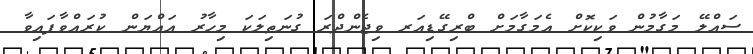
ސައްލޭ މަގާމުން ވަކިކޮށް އެމަގާމަށް ބްރިގޭޑިއަރ ވިޖެންދްރަ ގުނަތިލަކަ މިހާރު އައްޔަން ކުރައްވާފައިވާ